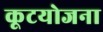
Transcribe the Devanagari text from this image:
कूटयोजना